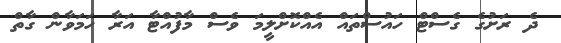
ދެ ރަށުގެ ގެސްޓް ހައުސްތައް އެއްކޮށްލީމަ ވެސް މާފުއްޓާ އަރާ ހަމަވާން ގާތް